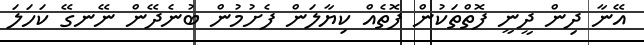
އޭނާ ދިން ދީނީ ފޮތްތަކުން ފޮތެއް ކިޔާލަން ފެށުމުން ބުނެދޭން ނޭނގޭ ކަހަލަ